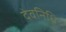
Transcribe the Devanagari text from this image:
देवनिधि